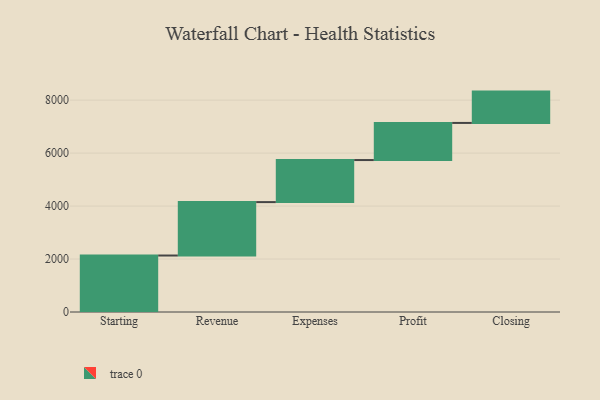
{"axis": {"x": "Step", "y": "Value"}, "legend": [""], "data": [{"x": "Starting", "y": 2133.0, "type": ""}, {"x": "Revenue", "y": 2017.0, "type": ""}, {"x": "Expenses", "y": 1588.0, "type": ""}, {"x": "Profit", "y": 1402.0, "type": ""}, {"x": "Closing", "y": 1183.0, "type": ""}]}